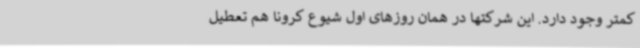
کمتر وجود دارد. این شرکتها در همان روزهای اول شیوع کرونا هم تعطیل